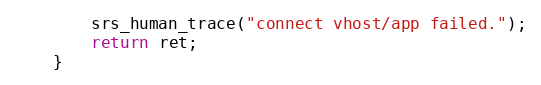
Language: C
        srs_human_trace("connect vhost/app failed.");
        return ret;
    }